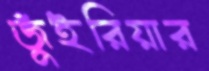
জুঁইরিয়ার